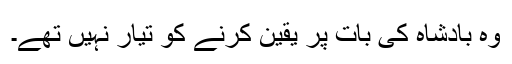
وہ بادشاہ کی بات پر یقین کرنے کو تیار نہیں تھے۔